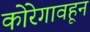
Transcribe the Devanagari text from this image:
कोरेगावहून